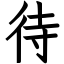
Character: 待